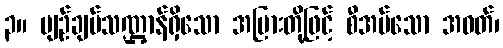
၃။ ပျဉ်ချပ်သဏ္ဌာန်ရှိသော အပြားတို့ဖြင့် စီအပ်သော အဝတ်၊